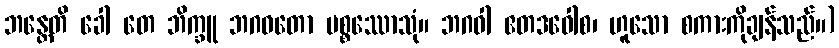
ဘန္တေတိ ခေါ တေ ဘိက္ခူ ဘဂဝတော ပစ္စဿောသုံ။ ဘဂဝါ ဧတဒဝေါစ၊ ဟူသော စကားကိုချန်သည်။)